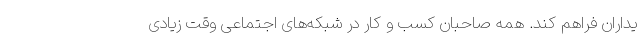
یداران فراهم کند. همه صاحبان کسب و کار در شبکه‌های اجتماعی وقت زیادی